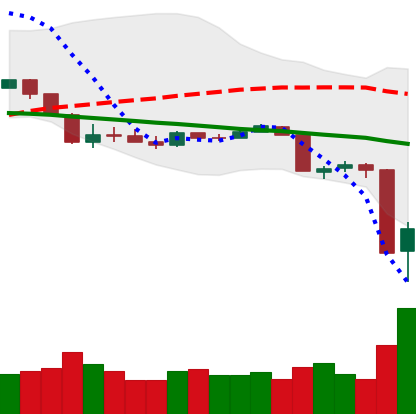
Ticker: XRP-USD
Chart end date: 2020-03-13
Forward return: -10.199%
Label: down_7plus